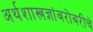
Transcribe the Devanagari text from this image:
अर्थशास्त्रज्ञांबरोबरीचे